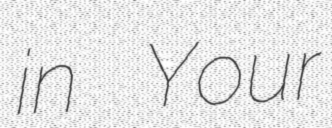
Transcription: in Your